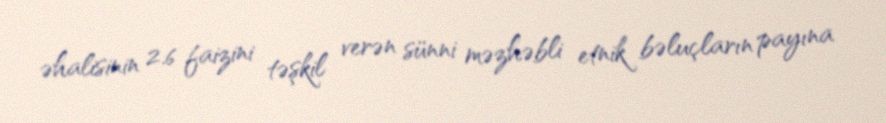
əhalisinin 2.6 faizini təşkil verən sünni məzhəbli etnik bəluçların payına